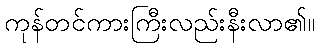
ကုန်တင်ကားကြီးလည်းနီးလာ၏။